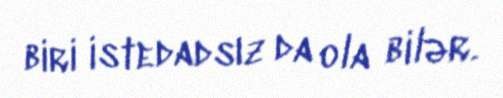
biri istedadsız da ola bilər.